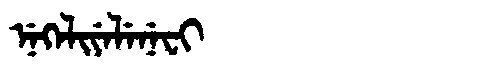
Manchu: ᠨᡝᡴᡝᠯᡳᠶᡝᠯᡝᠨᡝᠸᡳ
Romanization: NEKELIYELENEFI